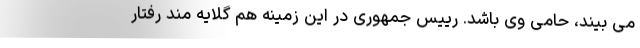
می بیند، حامی وی باشد. رییس جمهوری در این زمینه هم گلایه مند رفتار